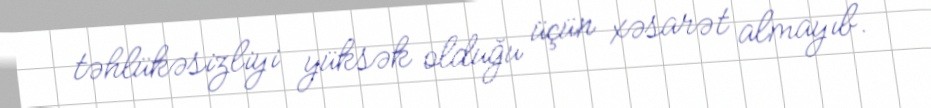
təhlükəsizliyi yüksək olduğu üçün xəsarət almayıb.